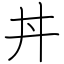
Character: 丼